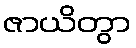
ဇာယိတွာ